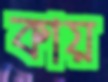
কায়